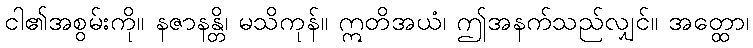
ငါ၏အစွမ်းကို။ နဇာနန္တိ၊ မသိကုန်။ ဣတိအယံ၊ ဤအနက်သည်လျှင်။ အတ္ထော၊